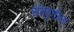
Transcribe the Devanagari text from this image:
संतवृत्तीला